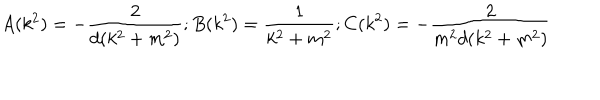
A ( k ^ { 2 } ) = - \frac { 2 } { d ( k ^ { 2 } + m ^ { 2 } ) } ; B ( k ^ { 2 } ) = \frac { 1 } { k ^ { 2 } + m ^ { 2 } } ; C ( k ^ { 2 } ) = - \frac { 2 } { m ^ { 2 } d ( k ^ { 2 } + m ^ { 2 } ) }